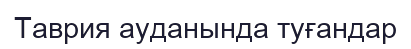
Таврия ауданында туғандар